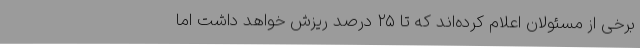
برخی از مسئولان اعلام کرده‌اند که تا ۲۵ درصد ریزش خواهد داشت اما